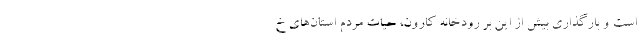
است و بارگذاری بیش از این بر رودخانه کارون، حیات مردم استان‌های خ